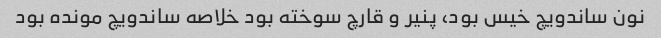
نون ساندویچ خیس بود، پنیر و قارچ سوخته بود خلاصه ساندویچ مونده بود